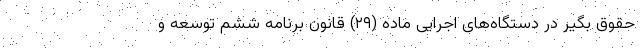
حقوق بگیر در دستگاه‌‌های اجرایی ماده (۲۹) قانون برنامه ششم توسعه و